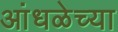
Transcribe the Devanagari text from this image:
आंधळेच्या